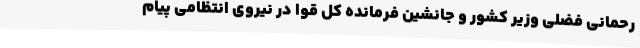
رحمانی فضلی وزیر کشور و جانشین فرمانده کل قوا در نیروی انتظامی پیام